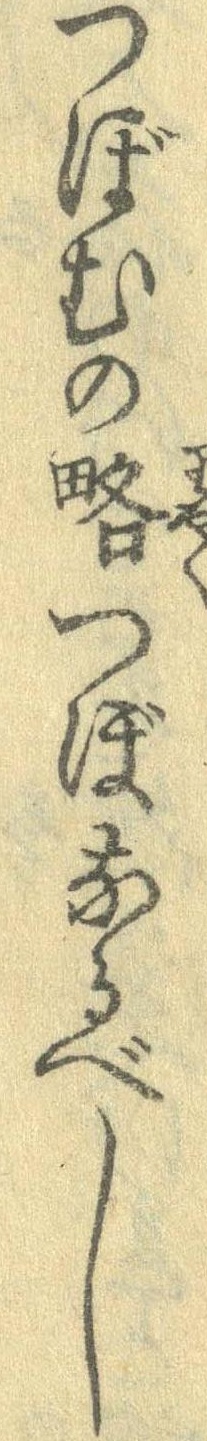
つぼむの略つぼなるべし